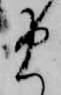
ま